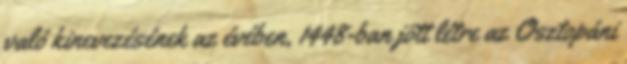
való kinevezésének az évében, 1448-ban jött létre az Osztopáni